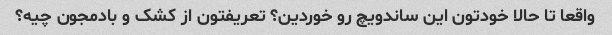
واقعا تا حالا خودتون این ساندویچ رو خوردین؟ تعریفتون از کشک و بادمجون چیه؟